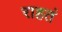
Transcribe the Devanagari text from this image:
राहतं